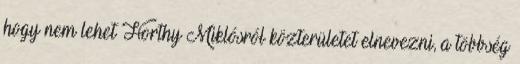
hogy nem lehet Horthy Miklósról közterületet elnevezni, a többség